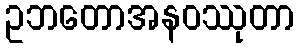
ဥဘတောအနဝဿုတာ